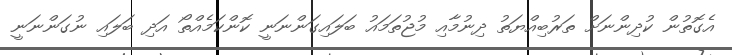
އެގޮތުން ކުދިންނަށް ތަރުބިއްޔަތު ދިނުމާއި މުޖުތަމައު ބަލައިގަންނަނީ ކޮންކަމެއްތޯ އަދި ބަލައި ނުގަންނަނީ